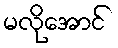
မလိုအောင်